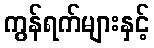
ကွန်ရက်များနှင့်